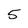
Character: 5